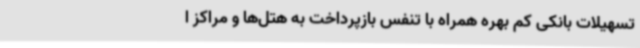
تسهیلات بانکی کم بهره همراه با تنفس بازپرداخت به هتل‌ها و مراکز ا